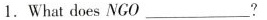
1.What does NGO___?